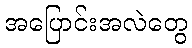
အပြောင်းအလဲတွေ